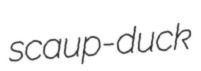
scaup-duck